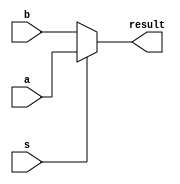
//2:1 multiplexer

module multiplexer(a, b, s, result);


input [3:0] a, b;
input s;

output [3:0] result;
//s=1, select a;
//s=2 select b;
assign result=(s)?a:b;

endmodule